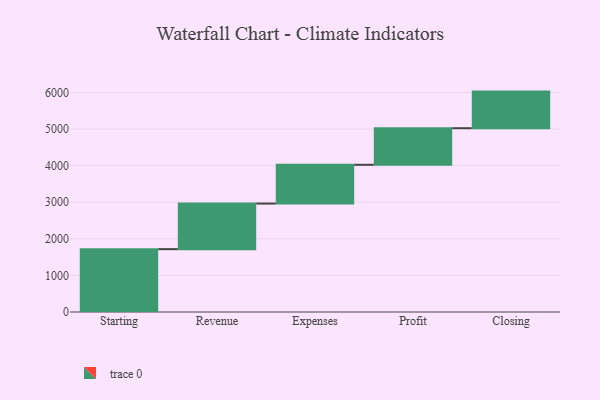
{"axis": {"x": "Step", "y": "Value"}, "legend": [""], "data": [{"x": "Starting", "y": 1717.0, "type": ""}, {"x": "Revenue", "y": 1246.0, "type": ""}, {"x": "Expenses", "y": 1059.0, "type": ""}, {"x": "Profit", "y": 1000, "type": ""}, {"x": "Closing", "y": 1000, "type": ""}]}